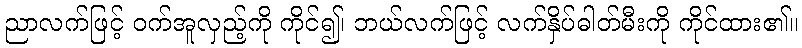
ညာလက်ဖြင့် ဝက်အူလှည့်ကို ကိုင်၍၊ ဘယ်လက်ဖြင့် လက်နှိပ်ဓါတ်မီးကို ကိုင်ထား၏။